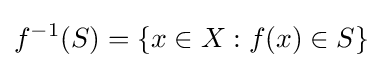
f^{-1}(S)=\left\{x\in X:f(x)\in S\right\}